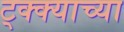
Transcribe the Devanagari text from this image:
ट्क्क्याच्या